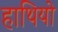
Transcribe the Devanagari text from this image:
हाथियो